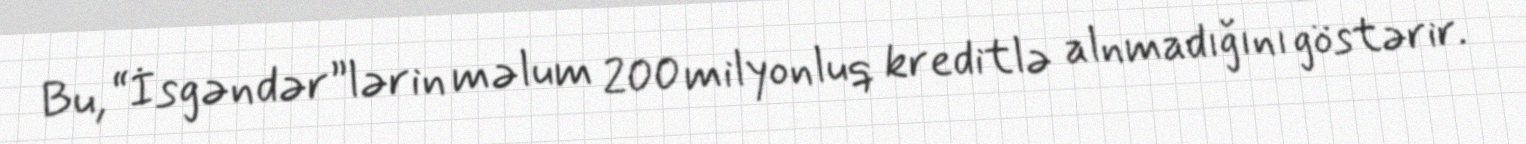
Bu, “İsgəndər”lərin məlum 200 milyonluq kreditlə alnmadığını göstərir.